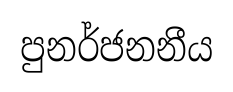
පුනර්ජනනීය